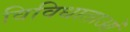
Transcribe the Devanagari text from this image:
विविधाताओं